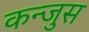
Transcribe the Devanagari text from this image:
कन्जुस